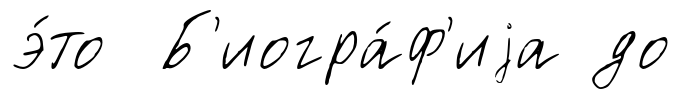
э́то Б'иогра́ф'иjа до